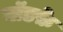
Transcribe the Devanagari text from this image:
गॉडफ़े